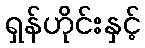
ရှန်ဟိုင်းနှင့်